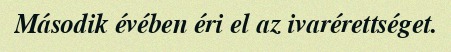
Második évében éri el az ivarérettséget.